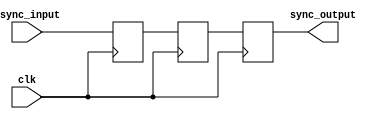
module metastability_filter (
    input wire clk,                // Clock signal
    input wire async_input,        // Asynchronous input signal
    output reg sync_output         // Synchronized output signal
);

    // Declare internal signals for flip-flops
    reg ff1, ff2;

    // First flip-flop: samples the asynchronous input
    always @(posedge clk) begin
        ff1 <= async_input;        // Sample the asynchronous input
    end

    // Second flip-flop: samples the output of the first flip-flop
    always @(posedge clk) begin
        ff2 <= ff1;                // Sample the first flip-flop output
    end

    // Final output signal
    always @(posedge clk) begin
        sync_output <= ff2;        // Output the second flip-flop's value
    end

endmodule